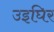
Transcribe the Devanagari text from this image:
उइघिर